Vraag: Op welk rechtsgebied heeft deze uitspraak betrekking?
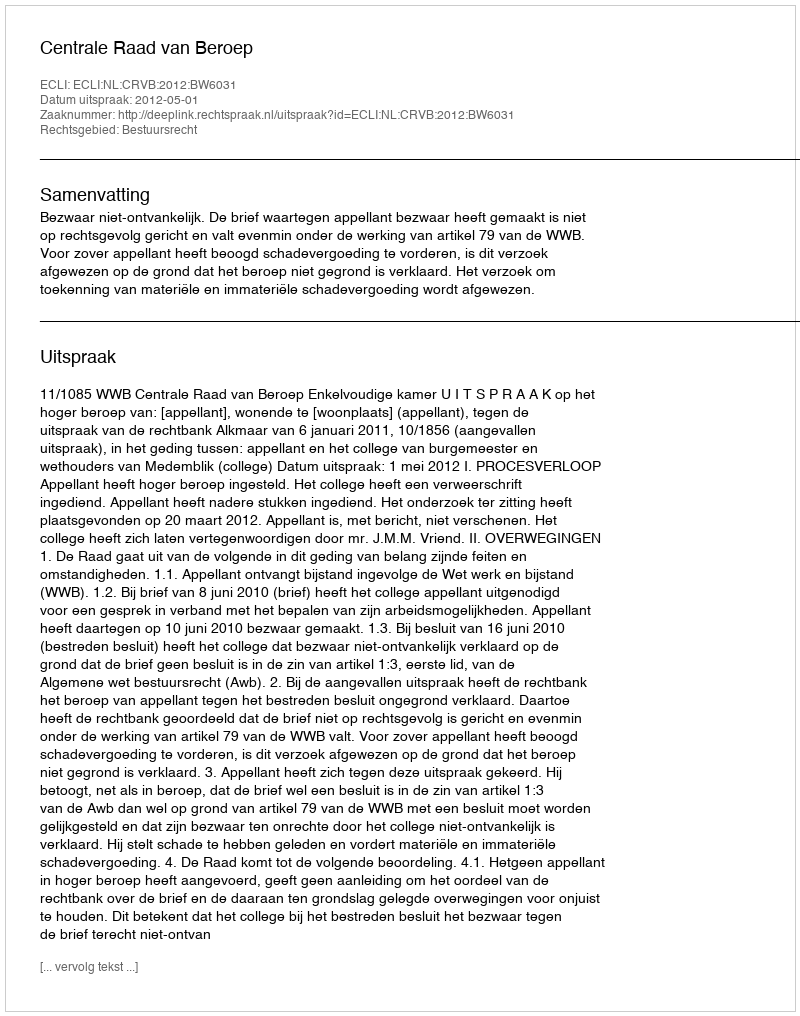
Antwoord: Bestuursrecht